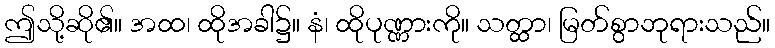
ဤသို့ဆို၏။ အထ၊ ထိုအခါ၌။ နံ၊ ထိုပုဏ္ဏားကို။ သတ္ထာ၊ မြတ်စွာဘုရားသည်။